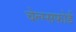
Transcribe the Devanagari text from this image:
चेल्म्सफोर्ड